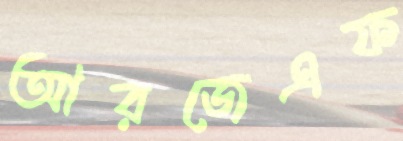
আরজেএফ